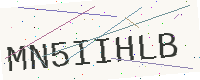
Text: MN5IIHLB